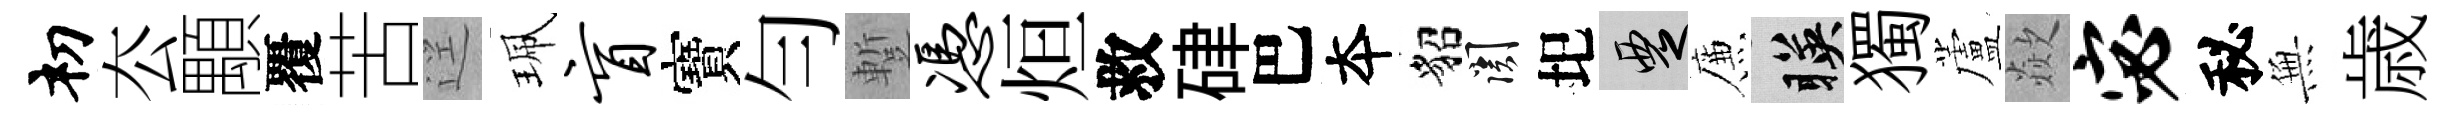
𥘉厺顒覆苦逕珮盲寶勻蹔凭烜救硉巴夲貂關圯覂簾暎獨蘆歘宓秘𭴾歳